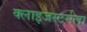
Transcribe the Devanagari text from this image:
क्लाइजस्टर्सला